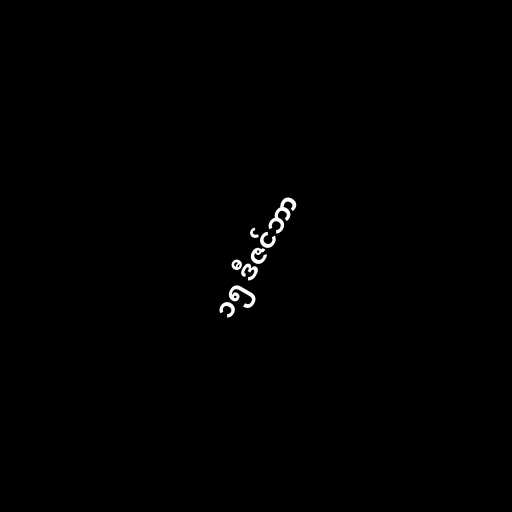
၁၅ ဒီဇင်ဘာ